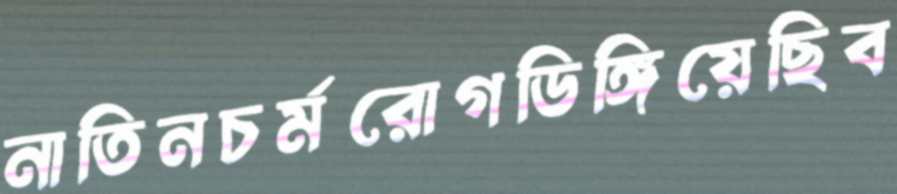
নাতিনচর্মরোগডিঙ্গিয়েছিব